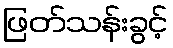
ဖြတ်သန်းခွင့်